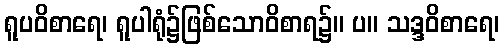
ရူပဝိစာရေ၊ ရူပါရုံ၌ဖြစ်သောဝိစာရ၌။ ပ။ သဒ္ဒဝိစာရေ၊